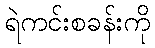
ရဲကင်းစခန်းကို